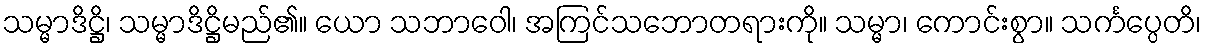
သမ္မာဒိဋ္ဌိ၊ သမ္မာဒိဋ္ဌိမည်၏။ ယော သဘာဝေါ၊ အကြင်သဘောတရားကို။ သမ္မာ၊ ကောင်းစွာ။ သင်္ကပ္ပေတိ၊